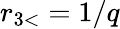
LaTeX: r_{3<}=1/q